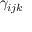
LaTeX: \gamma _ { i j k }